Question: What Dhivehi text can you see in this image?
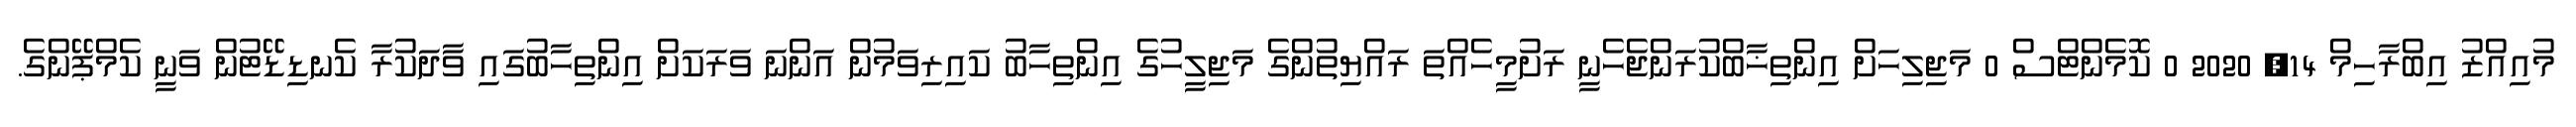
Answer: މުއިއްޒު އިބްރާހިމް 14, 2020 0 ކޮމެންޓްސް 0 މަޖިލިހަށް އިންތިޚާބްކުރަންޖެހެނީ ރަށުމީހެއްތަ ރައްޔިތުންގެ މަޖިލީހުގެ އިންތިހާބު ކައިރިވަމުން އަންނަ ވަރަކަށް އިންތިހާބުގައި ވާދަކުރާ ކެނޑިޑޭޓުން ވަނީ ކެމްޕޭންގެ.